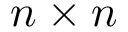
n \times n